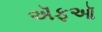
ઍફઑ